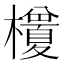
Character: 𭬭